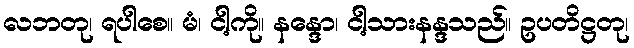
လဘတု၊ ရပါစေ။ မံ၊ ငါ့ကို။ နန္ဒော၊ ငါ့သားနန္ဒသည်။ ဥပတိဋ္ဌတု၊